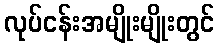
လုပ်ငန်းအမျိုးမျိုးတွင်